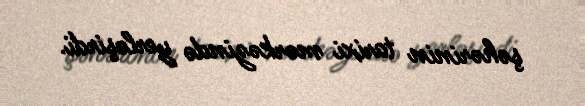
şəhərinin tarixi mərkəzində yerləşirdi.